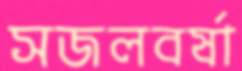
সজলবর্ষা